Reports on military cantonments and civil stations in the Presidency of Bombay inspected by the Sanitary Commissioner in the years 1875 and 1876
Year: 1875
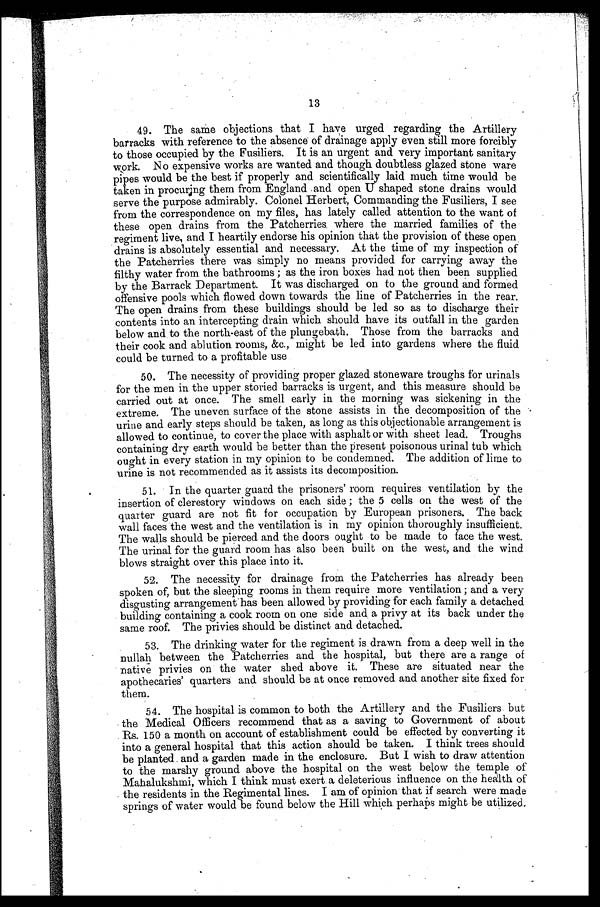
13
49. The same objections that I have urged regarding the Artillery
barracks with reference to the absence of drainage apply even still more forcibly
to those occupied by the Fusiliers. It is an urgent and very important sanitary
work. No expensive works are wanted and though doubtless glazed stone ware
pipes would be the best if properly and scientifically laid much time would be
taken in procuring them from England and open U shaped stone drains would
serve the purpose admirably. Colonel Herbert, Commanding the Fusiliers, I see
from the correspondence on my files, has lately called attention to the want of
these open drains from the Patcherries where the married families of the
regiment live, and I heartily endorse his opinion that the provision of these open
drains is absolutely essential and necessary. At the time of my inspection of
the Patcherries there was simply no means provided for carrying away the
filthy water from the bathrooms; as the iron boxes had not then been supplied
by the Barrack Department. It was discharged on to the ground and formed
offensive pools which flowed down towards the line of Patcherries in the rear.
The open drains from these buildings should be led so as to discharge their
contents into an intercepting drain which should have its outfall in the garden
below and to the north-east of the plungebath. Those from the barracks and
their cook and ablution rooms, &c., might be led into gardens where the fluid
could be turned to a profitable use
50. The necessity of providing proper glazed stoneware troughs for urinals
for the men in the upper storied barracks is urgent, and this measure should be
carried out at once. The smell early in the morning was sickening in the
extreme. The uneven surface of the stone assists in the decomposition of the
urine and early steps should be taken, as long as this objectionable arrangement is
allowed to continue, to cover the place with asphalt or with sheet lead. Troughs
containing dry earth would be better than the present poisonous urinal tub which
ought in every station in my opinion to be condemned. The addition of lime to
urine is not recommended as it assists its decomposition.
I
51. In the quarter guard the prisoners' room requires ventilation by the
insertion of clerestory windows on each side; the 5 cells on the west of the
quarter guard are not fit for occupation by European prisoners. The back
wall faces the west and the ventilation is in my opinion thoroughly insufficient.
The walls should be pierced and the doors ought to be made to face the west.
The urinal for the guard room has also been built on the west, and the wind
blows straight over this place into it.
52. The necessity for drainage from the Patcherries has already been
spoken of, but the sleeping rooms in them require more ventilation ; and a very
disgusting arrangement has been allowed by providing for each family a detached
building containing a cook room on one side and a privy at its back under the
same roof. The privies should be distinct and detached.
53. The drinking water for the regiment is drawn from a deep well in the
nullah between the Patcherries and the hospital, but there are a range of
native privies on the water shed above it. These are situated near the
apothecaries' quarters and should be at once removed and another site fixed for
them.
54. The hospital is common to both the Artillery and the Fusiliers but
the Medical Officers recommend that as a saving to Government of about
Rs. 150 a month on account of establishment could be effected by converting it
into a general hospital that this action should be taken. I think trees should
be planted and a garden made in the enclosure. But I wish to draw attention
to the marshy ground above the hospital on the west below the temple of
Mahalukshmi, which I think must exert a deleterious influence on the health of
the residents in the Regimental lines. I am of opinion that if search were made
springs of water would be found below the Hill which perhaps might be utilized.